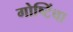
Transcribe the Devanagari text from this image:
गोष्टिंचा